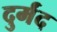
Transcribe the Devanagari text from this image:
दुर्मंद